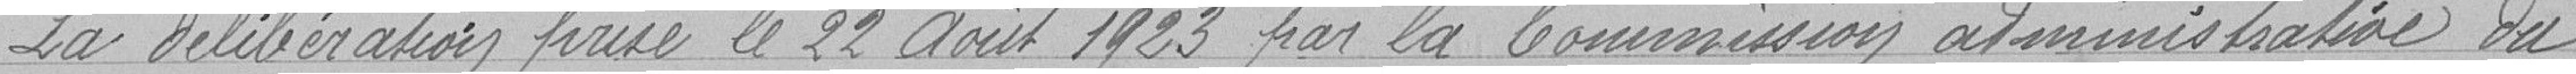
La délibération prise le 22 août 1923 par la Commission administrative du